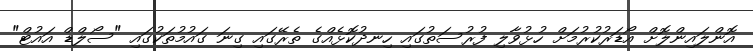
އޮންލައިންލޮށް އޯޑަރުކުރުމަށް ހުޅުވާލި ފުރުސަތުގައި ހިނދުކޮޅެއްގެ ތެރޭގައި ގިނަ ގައުމުތަކުގައި "ސޯލްޑް އައުޓް"